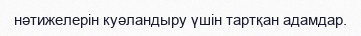
нәтижелерін куәландыру үшін тартқан адамдар.